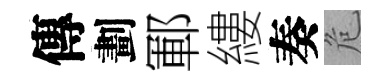
傳劃鄆縷奏危